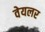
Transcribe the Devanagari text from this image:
वेयलर